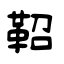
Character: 鞀